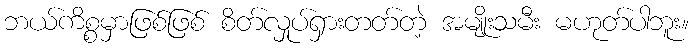
ဘယ်ကိစ္စမှာဖြစ်ဖြစ် စိတ်လှုပ်ရှားတတ်တဲ့ အမျိုးသမီး မဟုတ်ပါဘူး။